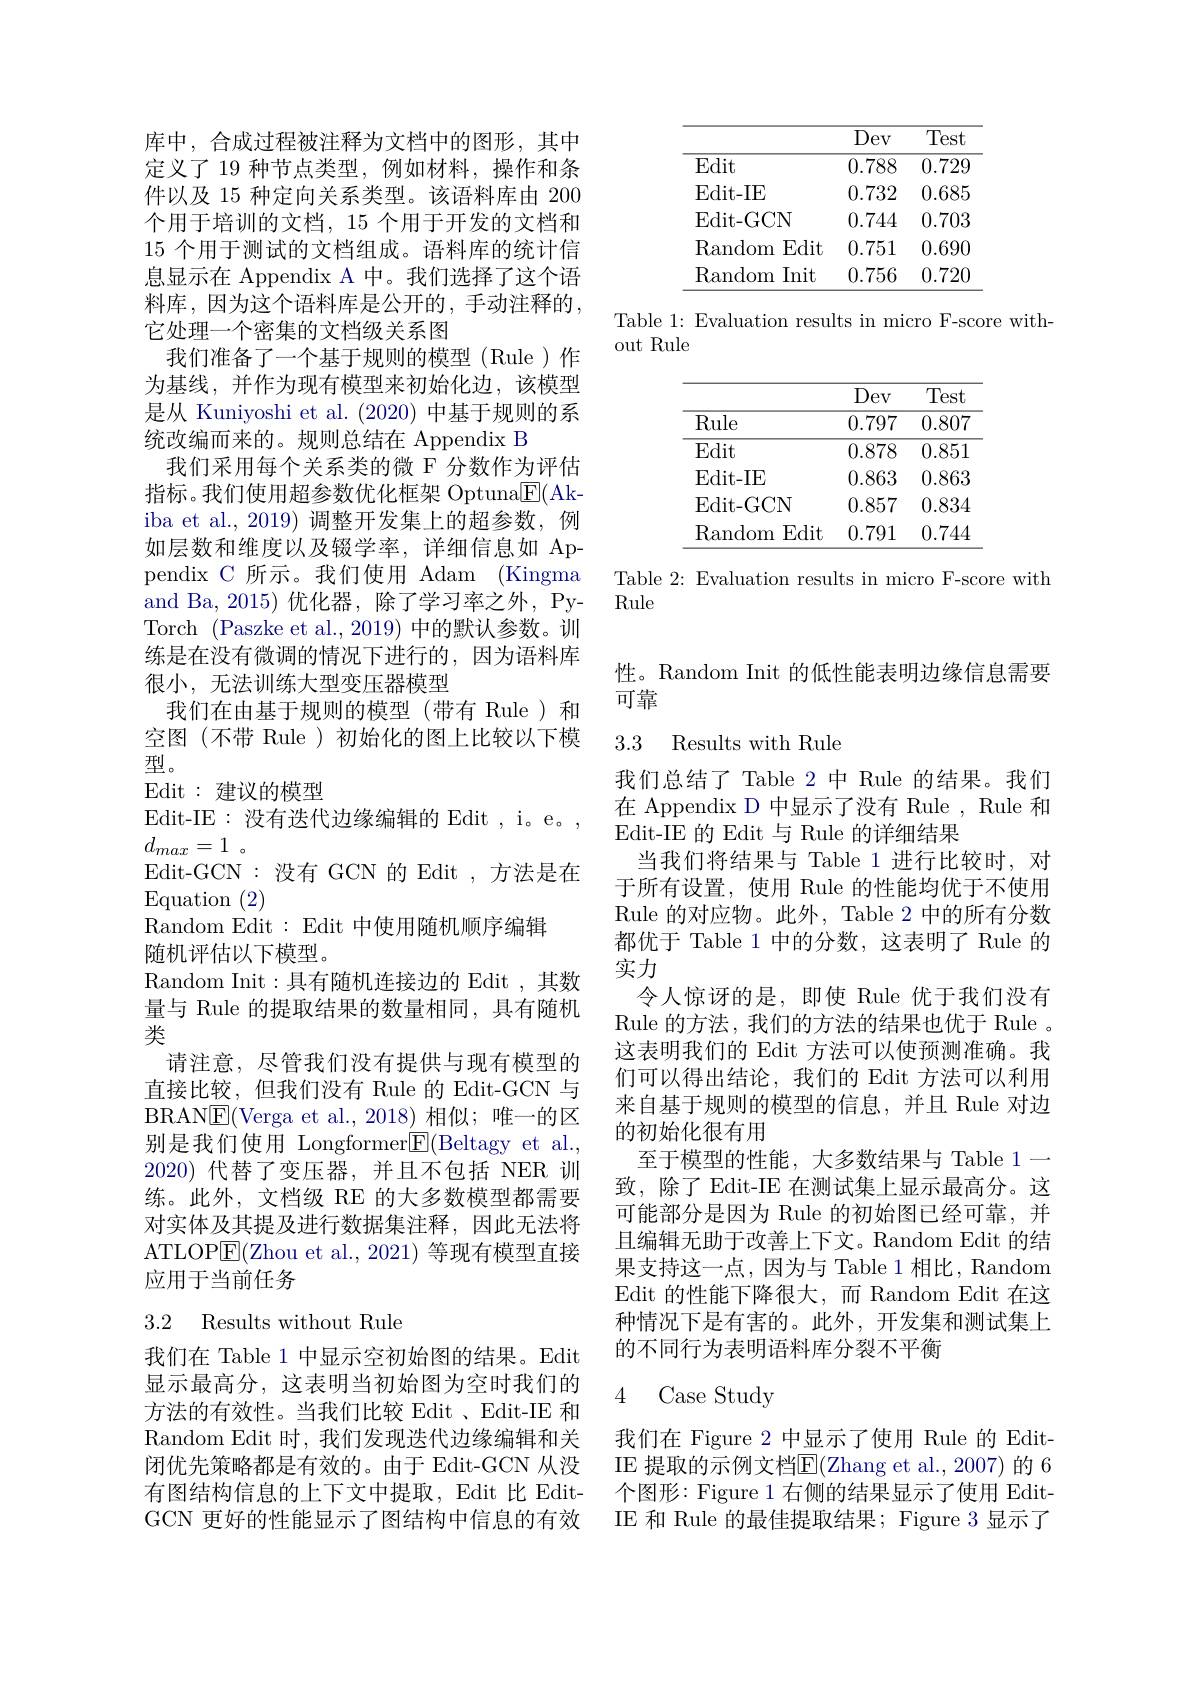
库中，合成过程被注释为文档中的图形，其中定义了 19 种节点类型，例如材料，操作和条件以及 15 种定向关系类型。该语料库由 200个用于培训的文档，15 个用于开发的文档和15 个用于测试的文档组成。语料库的统计信息显示在 Appendix A 中。我们选择了这个语料库，因为这个语料库是公开的，手动注释的， 它处理一个密集的文档级关系图
我们准备了一个基于规则的模型(Rule)作为基线，并作为现有模型来初始化边，该模型是从 Kuniyoshi et al. (2020) 中基于规则的系统改编而来的。规则总结在 Appendix B
我们采用每个关系类的微 F 分数作为评估指标。我们使用超参数优化框架 Optuna$\underline{\mathrm{E}}($Akiba et al.,2019) 调整开发集上的超参数，例如层数和维度以及辍学率，详细信息如 Appendix C 所示。我们使用 Adam (Kingma and Ba, 2015) 优化器，除了学习率之外，PyTorch (Paszke et al.,2019)中的默认参数。训练是在没有微调的情况下进行的，因为语料库很小，无法训练大型变压器模型
我们在由基于规则的模型(带有 Rule)和空图(不带 Rule)初始化的图上比较以下模型。
Edit : 建议的模型
Edit-IE:没有迭代边缘编辑的 Edit , i。e。,
$d_{max}= 1$ 。
Edit-GCN:没有 GCN 的 Edit , 方法是在
$\operatorname{Equation}(2)$
Random Edit: Edit 中使用随机顺序编辑
随机评估以下模型。
Random Init:具有随机连接边的 Edit , 其数量与 Rule 的提取结果的数量相同，具有随机类
请注意，尽管我们没有提供与现有模型的直接比较，但我们没有 Rule 的 Edit-GCN 与BRANE(Verga et al.,2018)相似；唯一的区别是我们使用 Longformer$\boxed{\mathrm{F}}($Beltagy et al. 2020)代替了变压器，并且不包括 NER 训练。此外，文档级 RE 的大多数模型都需要对实体及其提及进行数据集注释，因此无法将ATLOP$\underline{\mathrm{E}}($Zhou et al., 2021) 等现有模型直接应用于当前任务
3.2 Results without Rule

我们在 Table 1 中显示空初始图的结果。Edit 显示最高分，这表明当初始图为空时我们的方法的有效性。当我们比较 Edit 、Edit-IE 和Random Edit 时，我们发现迭代边缘编辑和关闭优先策略都是有效的。由于 Edit-GCN 从没有图结构信息的上下文中提取，Edit 比 EditGCN 更好的性能显示了图结构中信息的有效

<table>
	<tbody>
		<tr>
			<th> </th>
			<th>Dev</th>
			<th>Test</th>
		</tr>
		<tr>
			<td>Edit</td>
			<td>0.788</td>
			<td>0.729</td>
		</tr>
		<tr>
			<td>Edit- IE</td>
			<td>0.732</td>
			<td>0.685</td>
		</tr>
		<tr>
			<td>Edit- GCN</td>
			<td>0.744</td>
			<td>0.703</td>
		</tr>
		<tr>
			<td>Edit $\operatorname{Random}$</td>
			<td>0.751</td>
			<td>0.69C</td>
		</tr>
		<tr>
			<td>Random Init</td>
			<td>0.756</td>
			<td>0.72C</td>
		</tr>
	</tbody>
</table>

Table 1: Evaluation results in micro F-score with-
out Rule

<table>
	<tbody>
		<tr>
			<th> </th>
			<th>Dev</th>
			<th>Test</th>
		</tr>
		<tr>
			<td>Rule</td>
			<td>0.797</td>
			<td>0.807</td>
		</tr>
		<tr>
			<td>$\operatorname{Edit}$</td>
			<td>0.878</td>
			<td>0.851</td>
		</tr>
		<tr>
			<td>Edit- IE</td>
			<td>0.863</td>
			<td>0.863</td>
		</tr>
		<tr>
			<td>Edit- GCN</td>
			<td>0.857</td>
			<td>0.834</td>
		</tr>
		<tr>
			<td>Edit $\mathrm{R}_{i}$ andom</td>
			<td>lit 0.791</td>
			<td>0.744</td>
		</tr>
	</tbody>
</table>

Table 2: Evaluation results in micro F-score with
Rule

性。Random Init 的低性能表明边缘信息需要
可靠

## 3.3 Results with Rule

我们总结了 Table 2 中 Rule 的结果。我们在 Appendix D 中显示了没有 Rule , Rule 和Edit-IE 的 Edit 与 Rule 的详细结果
当我们将结果与 Table 1 进行比较时，对于所有设置，使用 Rule 的性能均优于不使用Rule 的对应物。此外，Table 2 中的所有分数都优于 Table 1 中的分数，这表明了 Rule 的实力
令人惊讶的是，即使 Rule 优于我们没有Rule 的方法，我们的方法的结果也优于 Rule 。这表明我们的 Edit 方法可以使预测准确。我们可以得出结论，我们的 Edit 方法可以利用来自基于规则的模型的信息，并且 Rule 对边的初始化很有用
至于模型的性能，大多数结果与 Table 1一致，除了 Edit-IE 在测试集上显示最高分。这可能部分是因为 Rule 的初始图已经可靠，并且编辑无助于改善上下文。Random Edit 的结果支持这一点，因为与 Table 1 相比，Random Edit 的性能下降很大，而 Random Edit 在这种情况下是有害的。此外，开发集和测试集上的不同行为表明语料库分裂不平衡

### 4 Case Studv

我们在 Figure 2 中显示了使用 Rule 的 EditIE 提取的示例文档$\overline{\mathrm{E}}($Zhang et al.,2007) 的 6个图形：Figure 1 右侧的结果显示了使用 EditIE 和 Rule 的最佳提取结果；Figure 3 显示了